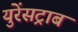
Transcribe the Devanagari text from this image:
युरेंसट्राब